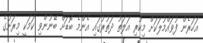
އަހަރެން ފުވައްމުލަކަށް މިކުރި އަލަތު ދަތުރުގައި އެންމެ ބޮޑަށް ބޭނުންވި ކަމަކީ މިރަށުގެ